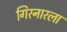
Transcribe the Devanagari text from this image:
गिरनारला